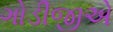
ગોડીજીએ